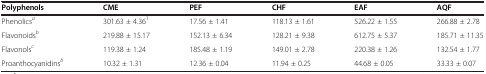
| Polyphenols | CME | PEF | CHF | EAF | AQF |
 | --- | --- | --- | --- | --- | --- |
 | Phenolicsa | 301.63 ± 4.361 | 17.56 ± 1.41 | 118.13 ± 1.61 | 526.22 ± 1.55 | 266.88 ± 2.78 |
 | Flavonoidsb | 219.88 ± 15.17 | 152.13 ± 6.34 | 128.21 ± 9.38 | 612.75 ± 5.37 | 185.71 ± 11.35 |
 | Flavonolsc | 119.38 ± 1.24 | 185.48 ± 1.19 | 149.01 ± 2.78 | 220.38 ± 1.26 | 132.54 ± 1.77 |
 | Proanthocyanidinsb | 10.32 ± 1.31 | 12.36 ± 0.04 | 11.94 ± 0.25 | 44.68 ± 0.05 | 33.33 ± 0.07 |